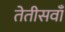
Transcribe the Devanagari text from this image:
तेतीसवाँ